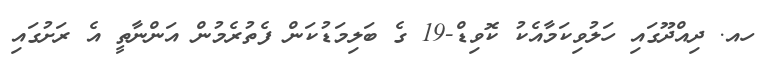
ހއ. ދިއްދޫގައި ހަލުވިކަމާއެކު ކޮވިޑް-19 ގެ ބަލިމަޑުކަން ފެތުރެމުން އަންނާތީ އެ ރަށުގައި